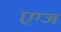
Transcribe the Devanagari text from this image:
एग्ज